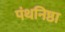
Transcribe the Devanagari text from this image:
पंथनिष्ठा